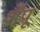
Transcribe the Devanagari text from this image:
शँपू